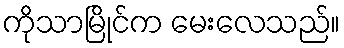
ကိုသာမြိုင်က မေးလေသည်။